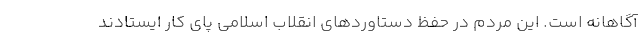
آگاهانه است. این مردم در حفظ دستاوردهای انقلاب اسلامی پای کار ایستادند